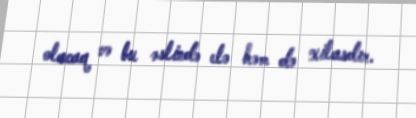
olacaq və bu əslində elə həm də xilasdır.